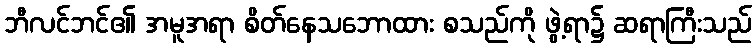
ဘီလင်ဘင်၏ အမူအရာ စိတ်နေသဘောထား စသည်ကို ဖွဲ့ရာ၌ ဆရာကြီးသည်